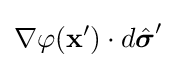
\nabla \varphi (\mathbf {x} ')\cdot d{\hat {\boldsymbol {\sigma }}}'